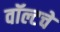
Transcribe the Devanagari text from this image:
वॉल्टचे